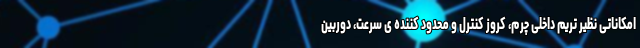
امکاناتی نظیر تریم داخلی چرم، کروز کنترل و محدود کننده ی سرعت، دوربین